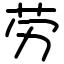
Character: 劳